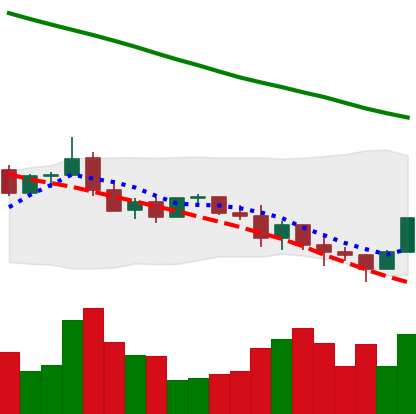
Ticker: ADA-USD
Chart end date: 2022-01-12
Forward return: 22.199%
Label: up_7plus